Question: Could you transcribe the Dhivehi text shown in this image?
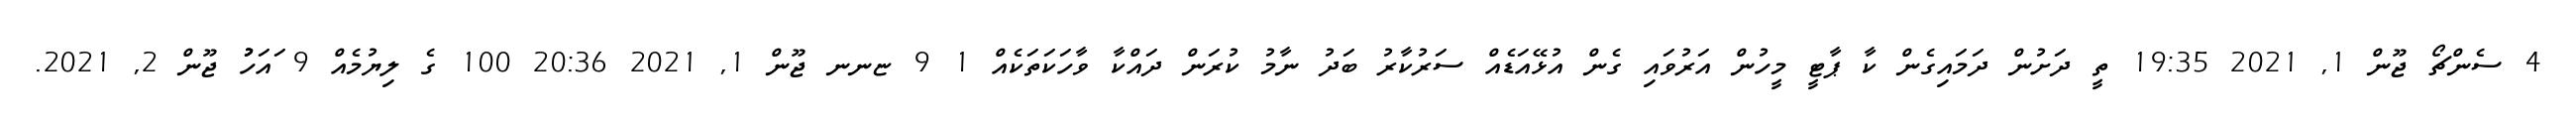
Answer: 4 ސެންޗޯ ޖޫން 1, 2021 19:35 ތީ ދަށުން ދަމައިގެން ކާ ޕާޓީ މީހުން އަރުވައި ގެން އުޅޭއަޑެއް ސަރުކާރު ބަދު ނާމު ކުރަން ދައްކާ ވާހަކަތަކެއް 1 9 ޏނނ ޖޫން 1, 2021 20:36 100 ގެ ލިޔުމެއް 9 ައަހުުު ޖޫން 2, 2021.